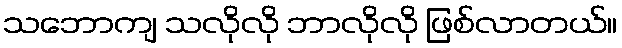
သဘောကျ သလိုလို ဘာလိုလို ဖြစ်လာတယ်။